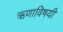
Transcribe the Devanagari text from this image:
ऋणाविषयी